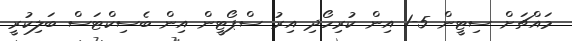
މައްޗަށް ސިޓީން 5-1 އިން ކުރިހޯދި އިރު ސްޕޯޓީން އިން ބެސިކްޓަސް ބަލިކުރީ